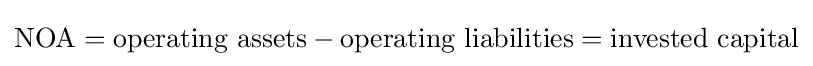
\mathrm {NOA} ={\mbox{operating assets}}-{\mbox{operating liabilities}}={\mbox{invested capital}}